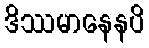
ဒိဿမာနေနပိ